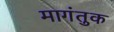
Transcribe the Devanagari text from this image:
मागंतुक